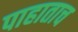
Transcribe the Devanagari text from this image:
पाहाताच